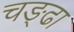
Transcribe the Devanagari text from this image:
चङ्ढा